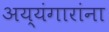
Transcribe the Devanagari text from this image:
अय्यंगारांना